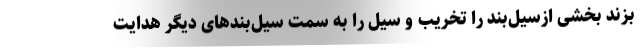
بزند بخشی ازسیل‌بند را تخریب و سیل را به سمت سیل‌بندهای دیگر هدایت